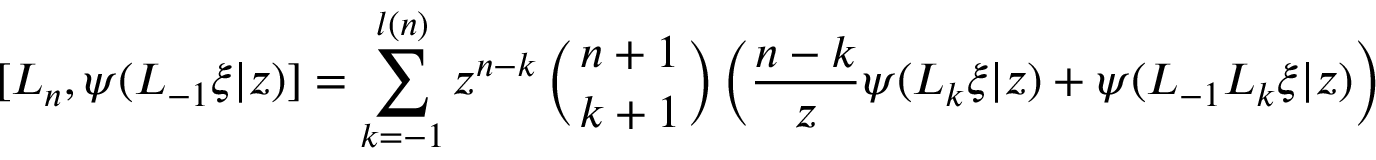
{ [ } L _ { n } , \psi ( L _ { - 1 } \xi | z ) { ] } = \sum _ { k = - 1 } ^ { l ( n ) } z ^ { n - k } \left( { n + 1 \atop k + 1 } \right) \left( \frac { n - k } { z } \psi ( L _ { k } \xi | z ) + \psi ( L _ { - 1 } L _ { k } \xi | z ) \right)